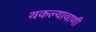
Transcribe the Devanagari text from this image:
थकल्यावाणी